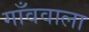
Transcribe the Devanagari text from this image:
गाँववाला